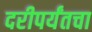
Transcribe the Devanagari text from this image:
दरीपर्यंतचा